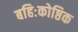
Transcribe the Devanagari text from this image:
बहिःकोष्ठिक